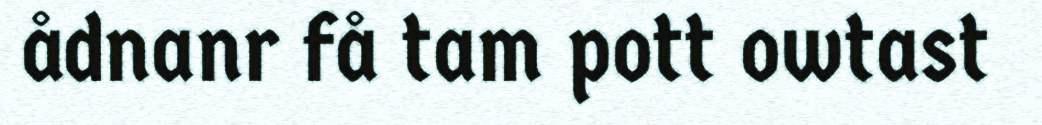
ådnanr få tam pott owtast